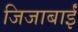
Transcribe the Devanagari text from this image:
जिजाबाईं